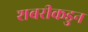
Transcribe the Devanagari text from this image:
शबरीकडुन